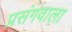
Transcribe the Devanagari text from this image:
प्रसंगवाला